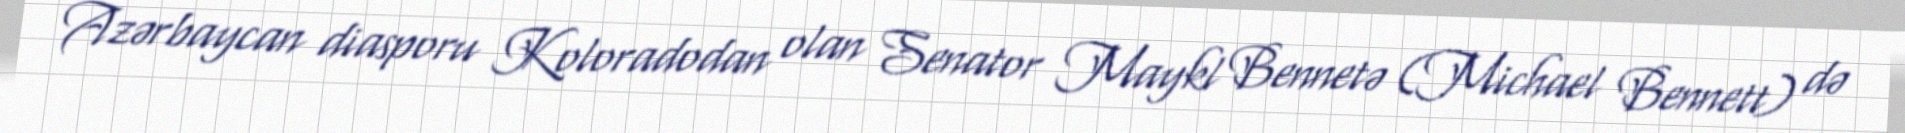
Azərbaycan diasporu Koloradodan olan Senator Maykl Bennetə (Michael Bennett) də